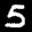
Label: 5